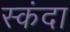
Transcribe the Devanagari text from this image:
स्कंदा